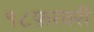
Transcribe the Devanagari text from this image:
१८फ़रवरी